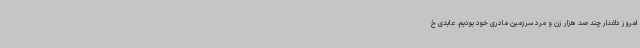
امروز داغدار چند صد هزار زن و مرد سرزمین مادری خود بودیم. عابدی خ